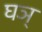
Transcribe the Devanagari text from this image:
घञ्‌